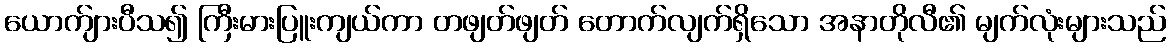
ယောက်ျားပီသ၍ ကြီးမားပြူးကျယ်ကာ တဖျတ်ဖျတ် တောက်လျက်ရှိသော အနာတိုလီ၏ မျက်လုံးများသည်